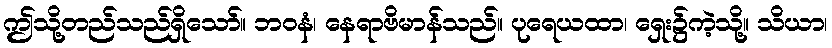
ဤသို့တည်သည်ရှိသော်။ ဘဝနံ၊ နေရာဗိမာန်သည်။ ပုရေယထာ၊ ရှေး၌ကဲ့သို့။ သိယာ၊